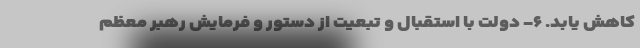
کاهش یابد. ۶- دولت با استقبال و تبعیت از دستور و فرمایش رهبر معظم